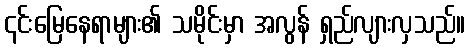
၎င်းမြေနေရာများ၏ သမိုင်းမှာ အလွန် ရှည်လျားလှသည်။